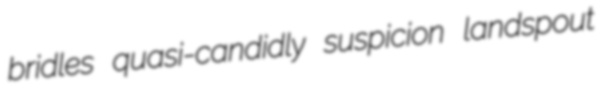
bridles quasi-candidly suspicion landspout